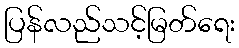
ပြန်လည်သင့်မြတ်ရေး